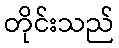
တိုင်းသည်